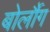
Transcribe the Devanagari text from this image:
बोर्लौग